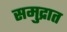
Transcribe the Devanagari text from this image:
समु्द्रात